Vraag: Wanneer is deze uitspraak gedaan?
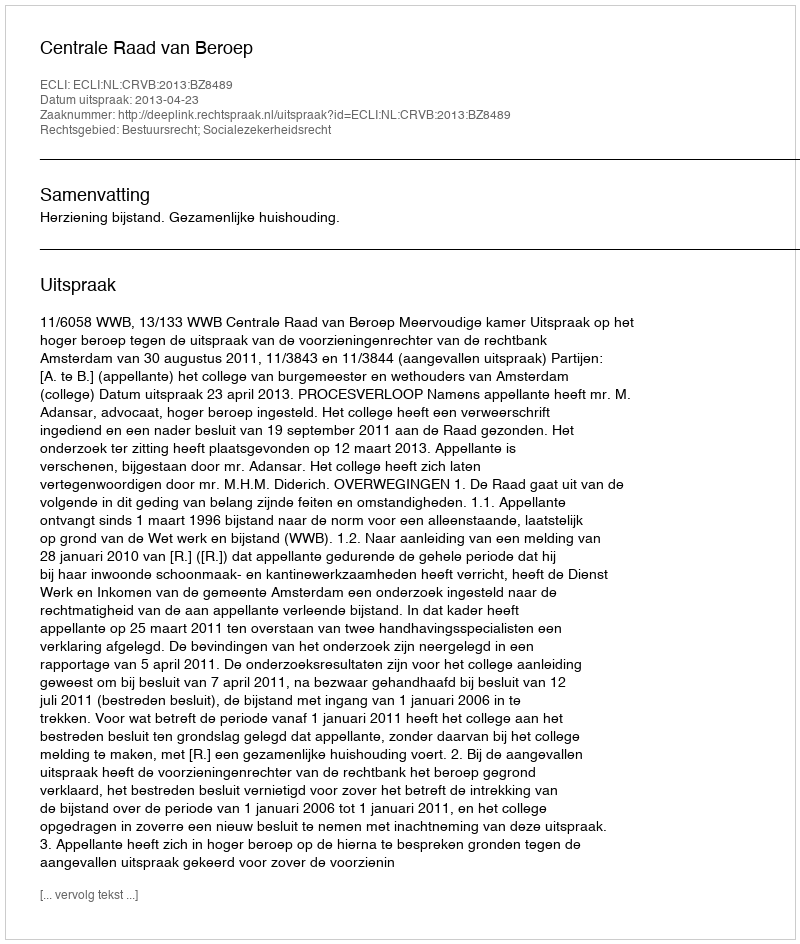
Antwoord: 2013-04-23